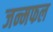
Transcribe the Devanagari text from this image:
जन्मफल